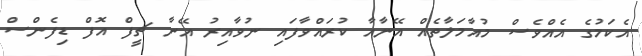
އެކަމުގެ އެއްވެސް މުއާމަލާތެއް އޭނާއާ ކުރައްވާފައި ނުވާއިރު އޭނާ ޗީފް އޮފް ޑިފެންސް